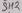
Text: SH2